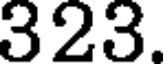
323.